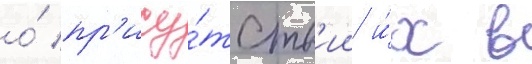
о́ пр'ису́тств'ии и́х в